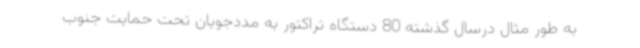
به طور مثال درسال گذشته 80 دستگاه تراکتور به مددجویان تحت حمایت جنوب